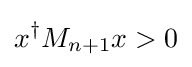
x^{\dagger }M_{n+1}x>0